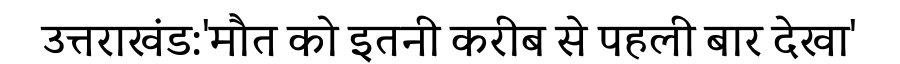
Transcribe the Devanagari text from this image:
उत्तराखंड:'मौत को इतनी करीब से पहली बार देखा'